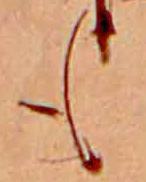
も